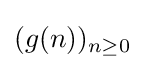
(g(n))_{n\geq 0}